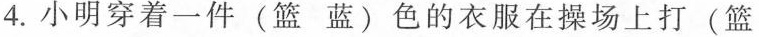
蓝)球。